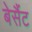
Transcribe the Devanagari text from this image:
बेसैंट